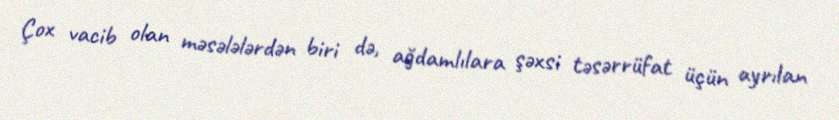
Çox vacib olan məsələlərdən biri də, ağdamlılara şəxsi təsərrüfat üçün ayrılan